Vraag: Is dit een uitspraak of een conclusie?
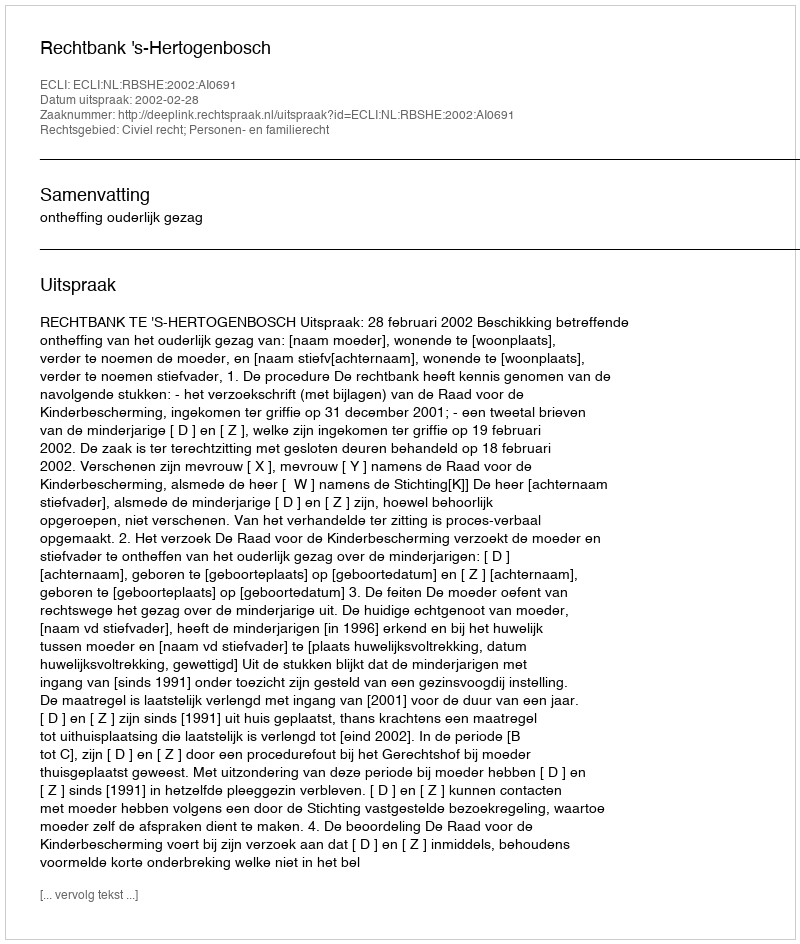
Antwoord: Uitspraak